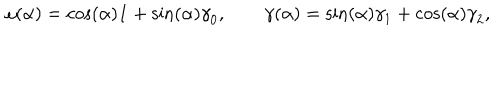
{ \bf \omega } ( \alpha ) = \cos ( \alpha ) { \bf 1 } + \sin ( \alpha ) { \bf \gamma } _ { 0 } , \qquad { \bf \gamma } ( \alpha ) = \sin ( \alpha ) { \bf \gamma } _ { 1 } + \cos ( \alpha ) { \bf \gamma } _ { 2 } ,